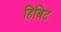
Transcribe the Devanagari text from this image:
हिबिट